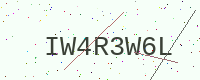
Text: IW4R3W6L